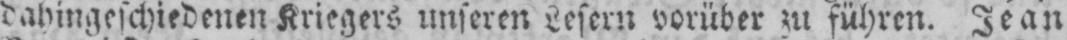
dahingeschiedenen Kriegers unseren Lesern vorüber zu führen. Jean